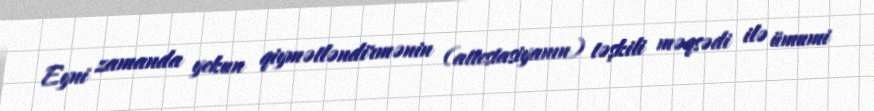
Eyni zamanda yekun qiymətləndirmənin (attestasiyanın) təşkili məqsədi ilə ümumi